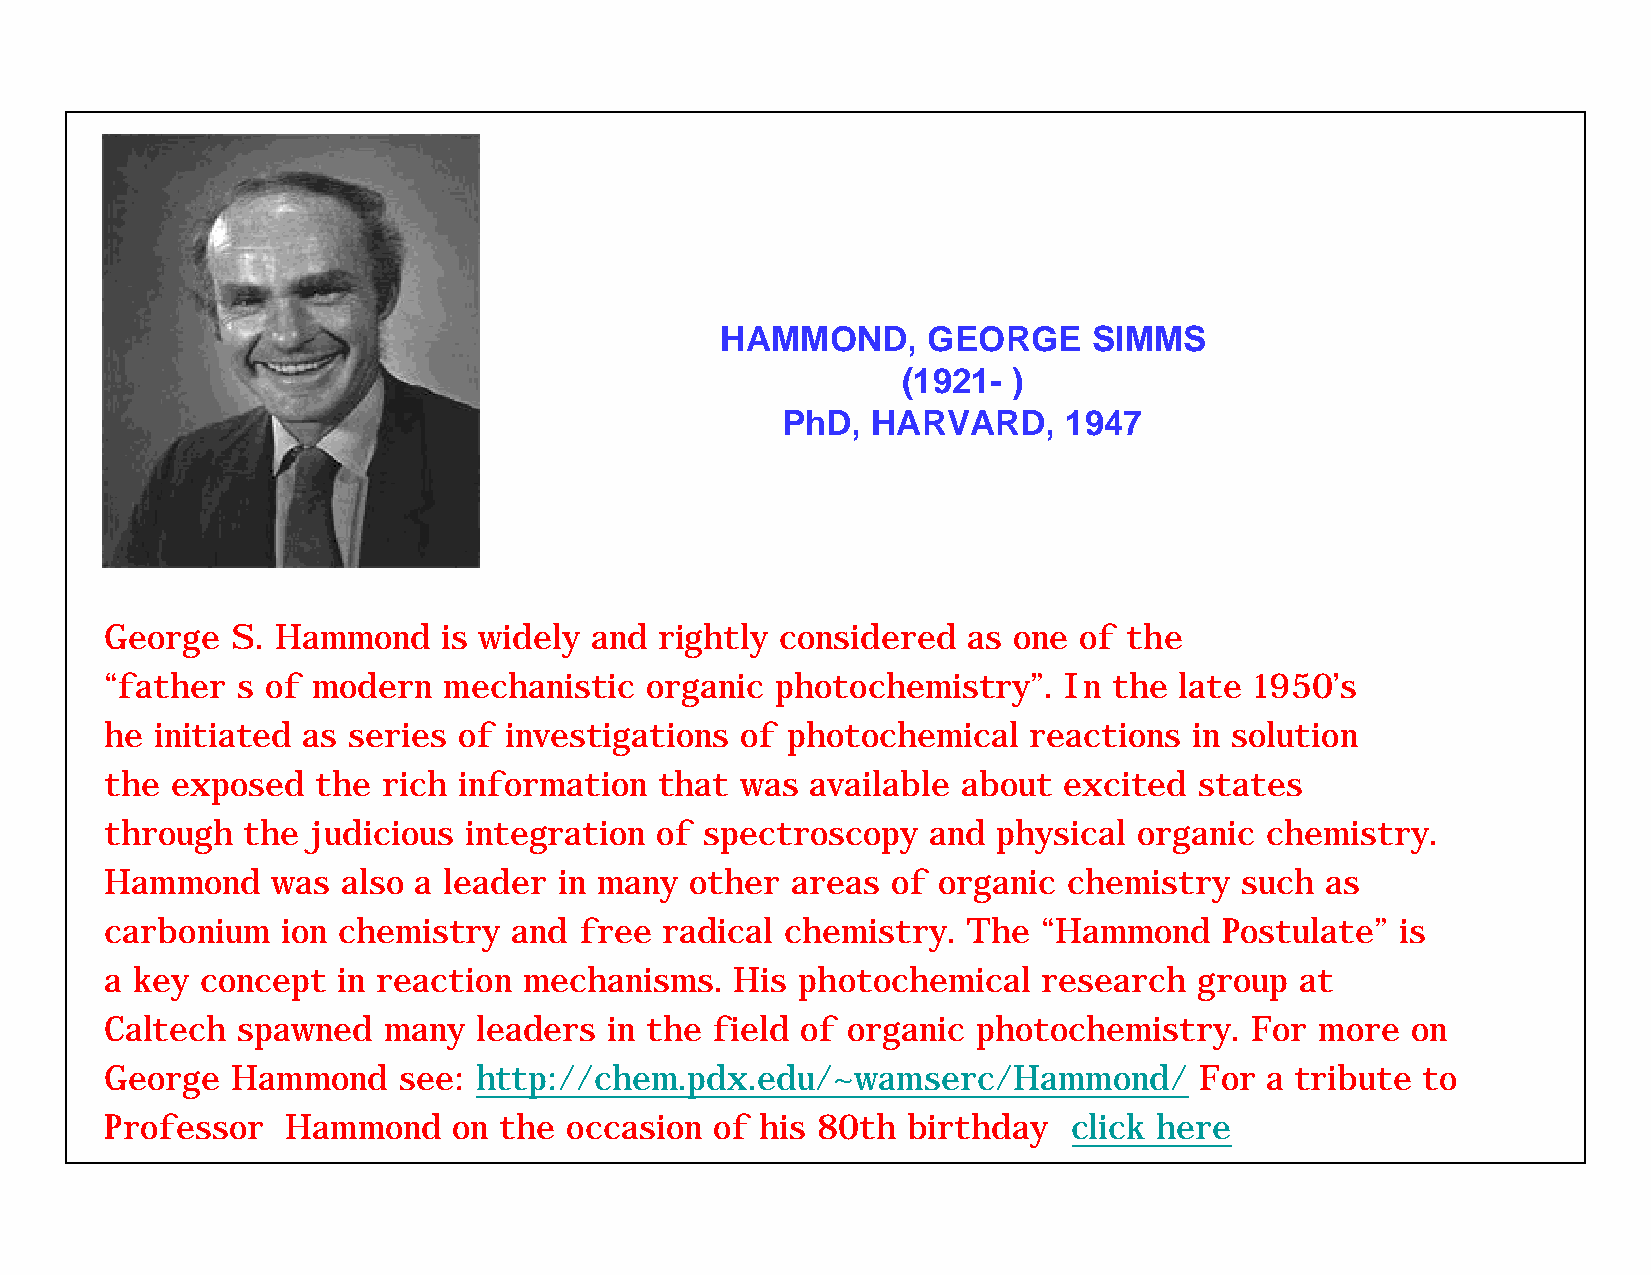
HAMMOND,     GEORGE     SIMMS
 (1921- )
 PhD,  HARVARD,    1947
 George  S. Hammond    is widely and  rightly considered  as one of  the
 “father  s of modern  mechanistic   organic photochemistry”.   In  the late 1950’s
 he initiated as series of investigations  of photochemical   reactions  in solution
 the exposed   the rich information   that was  available about excited  states
 through  the  judicious integration of  spectroscopy  and  physical organic  chemistry.
 Hammond    was  also a leader in many  other areas  of organic  chemistry  such  as
 carbonium   ion chemistry  and free  radical chemistry.  The  “Hammond    Postulate”  is
 a key concept  in reaction  mechanisms.   His photochemical   research  group  at
 Caltech  spawned  many   leaders in the field of organic  photochemistry.   For more  on
 George  Hammond    see: http://chem.pdx.edu/~wamserc/Hammond/           For  a tribute to
 Professor   Hammond    on the occasion  of his 80th  birthday   click here